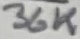
Text: 36K